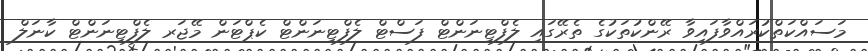
މަސައްކަތްކުރައްވާފައިވާ ރޭންކުތަކުގެ ތެރޭގައި ލެފްޓިނަންޓް ފަސްޓް ލެފްޓިނަންޓް ކެޕްޓަން މޭޖަރ ލެފްޓިނަންޓް ކާނަލް